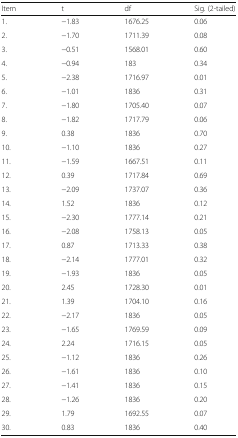
<table><thead><tr><td><b>Item</b></td><td><b>t</b></td><td><b>df</b></td><td><b>Sig. (2-tailed)</b></td></tr></thead><tbody><tr><td>1.</td><td>−1.83</td><td>1676.25</td><td>0.06</td></tr><tr><td>2.</td><td>−1.70</td><td>1711.39</td><td>0.08</td></tr><tr><td>3.</td><td>−0.51</td><td>1568.01</td><td>0.60</td></tr><tr><td>4.</td><td>−0.94</td><td>183</td><td>0.34</td></tr><tr><td>5.</td><td>−2.38</td><td>1716.97</td><td>0.01</td></tr><tr><td>6.</td><td>−1.01</td><td>1836</td><td>0.31</td></tr><tr><td>7.</td><td>−1.80</td><td>1705.40</td><td>0.07</td></tr><tr><td>8.</td><td>−1.82</td><td>1717.79</td><td>0.06</td></tr><tr><td>9.</td><td>0.38</td><td>1836</td><td>0.70</td></tr><tr><td>10.</td><td>−1.10</td><td>1836</td><td>0.27</td></tr><tr><td>11.</td><td>−1.59</td><td>1667.51</td><td>0.11</td></tr><tr><td>12.</td><td>0.39</td><td>1717.84</td><td>0.69</td></tr><tr><td>13.</td><td>−2.09</td><td>1737.07</td><td>0.36</td></tr><tr><td>14.</td><td>1.52</td><td>1836</td><td>0.12</td></tr><tr><td>15.</td><td>−2.30</td><td>1777.14</td><td>0.21</td></tr><tr><td>16.</td><td>−2.08</td><td>1758.13</td><td>0.05</td></tr><tr><td>17.</td><td>0.87</td><td>1713.33</td><td>0.38</td></tr><tr><td>18.</td><td>−2.14</td><td>1777.01</td><td>0.32</td></tr><tr><td>19.</td><td>−1.93</td><td>1836</td><td>0.05</td></tr><tr><td>20.</td><td>2.45</td><td>1728.30</td><td>0.01</td></tr><tr><td>21.</td><td>1.39</td><td>1704.10</td><td>0.16</td></tr><tr><td>22.</td><td>−2.17</td><td>1836</td><td>0.05</td></tr><tr><td>23.</td><td>−1.65</td><td>1769.59</td><td>0.09</td></tr><tr><td>24.</td><td>2.24</td><td>1716.15</td><td>0.05</td></tr><tr><td>25.</td><td>−1.12</td><td>1836</td><td>0.26</td></tr><tr><td>26.</td><td>−1.61</td><td>1836</td><td>0.10</td></tr><tr><td>27.</td><td>−1.41</td><td>1836</td><td>0.15</td></tr><tr><td>28.</td><td>−1.26</td><td>1836</td><td>0.20</td></tr><tr><td>29.</td><td>1.79</td><td>1692.55</td><td>0.07</td></tr><tr><td>30.</td><td>0.83</td><td>1836</td><td>0.40</td></tr></tbody></table>